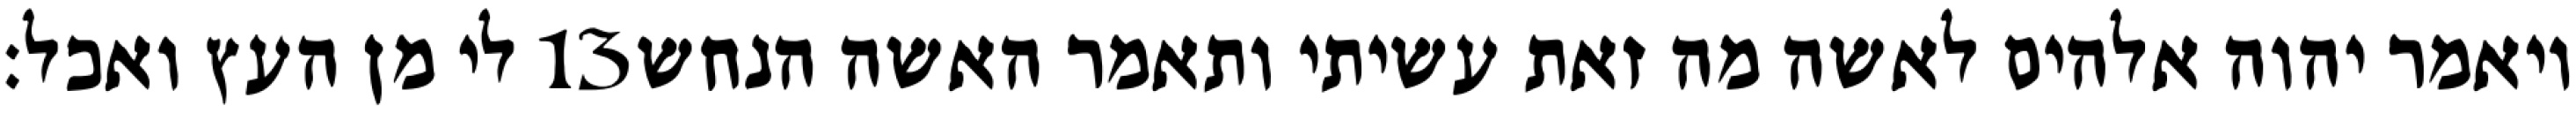
לי מן העץ ואכל׃ ‎13‏ ויאמר יהוה אלהים לאשה מה זאת עשיתי ותאמר האשה הנחש